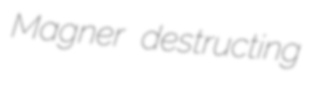
Magner destructing